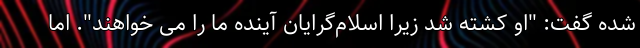
شده گفت: "او کشته شد زیرا اسلام‌گرایان آینده ما را می خواهند". اما